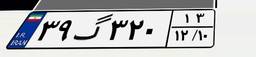
۹۵گ۹۲۲۸۶